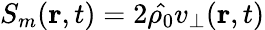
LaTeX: S_{m}(\textbf{r},t)=2\hat{\rho_{0}}v_{\bot}(\textbf{r},t)